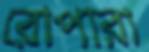
রোপারা